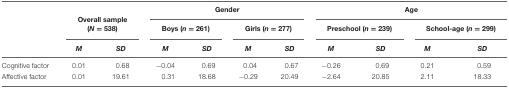
|  |  |  | <COLSPAN=4> Gender | <COLSPAN=4> Age |
 |  | <COLSPAN=2> Overall sample (N = 538) | <COLSPAN=2> Boys (n = 261) | <COLSPAN=2> Girls (n = 277) | <COLSPAN=2> Preschool (n = 239) | <COLSPAN=2> School-age (n = 299) |
 |  | M | SD | M | SD | M | SD | M | SD | M | SD |
 | --- | --- | --- | --- | --- | --- | --- | --- | --- | --- | --- |
 | Cognitive factor | 0.01 | 0.68 | -0.04 | 0.69 | 0.04 | 0.67 | -0.26 | 0.69 | 0.21 | 0.59 |
 | Affective factor | 0.01 | 19.61 | 0.31 | 18.68 | -0.29 | 20.49 | -2.64 | 20.85 | 2.11 | 18.33 |